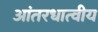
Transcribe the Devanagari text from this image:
आंतरधात्वीय